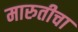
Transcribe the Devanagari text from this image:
मारुतीचा